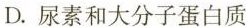
D.尿素和大分子蛋白质